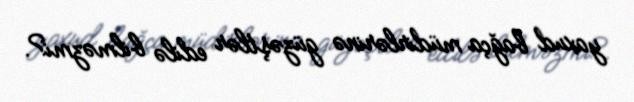
yaxud bağça müdirlərinə güzəştlər edilə bilməzmi?.